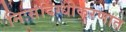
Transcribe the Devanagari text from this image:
निःसंदिग्धीकरणात